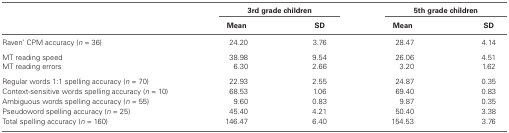
|  | <COLSPAN=2> 3rd grade children | <COLSPAN=2> 5th grade children |
 |  | Mean | SD | Mean | SD |
 | --- | --- | --- | --- | --- |
 | Raven’ CPM accuracy (n = 36) | 24.20 | 3.76 | 28.47 | 4.14 |
 | MT reading speed | 38.98 | 9.54 | 26.06 | 4.51 |
 | MT reading errors | 6.30 | 2.66 | 3.20 | 1.62 |
 | Regular words 1:1 spelling accuracy (n = 70) | 22.93 | 2.55 | 24.87 | 0.35 |
 | Context-sensitive words spelling accuracy (n = 10) | 68.53 | 1.06 | 69.40 | 0.83 |
 | Ambiguous words spelling accuracy (n = 55) | 9.60 | 0.83 | 9.87 | 0.35 |
 | Pseudowords spelling accuracy (n = 25) | 45.40 | 4.21 | 50.40 | 3.38 |
 | Total spelling accuracy (n = 160) | 146.47 | 6.40 | 154.53 | 3.76 |